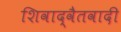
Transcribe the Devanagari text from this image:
शिवाद्वैतवादी